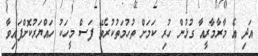
އަދި އެ މާރާމާރީއާ ގުޅުން ހުރި ކަމަށް ތުހުމަތުކުރެވޭ ފަސް މީހަކު ހައްޔަރުކޮށްފައިވާ